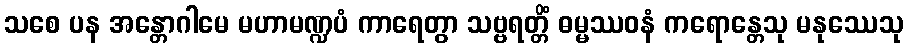
သစေ ပန အန္တောဂါမေ မဟာမဏ္ဍပံ ကာရေတွာ သဗ္ဗရတ္တိံ ဓမ္မဿဝနံ ကရောန္တေသု မနုဿေသု